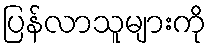
ပြန်လာသူများကို